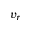
v _ { r }